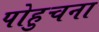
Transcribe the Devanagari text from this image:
पोहुचना